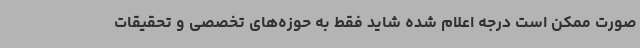
صورت ممکن است درجه اعلام شده شاید فقط به حوزه‌های تخصصی و تحقیقات